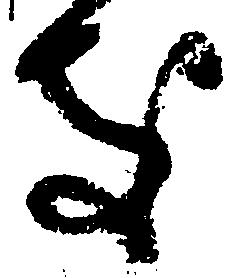
処